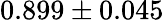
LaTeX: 0.899\pm 0.045